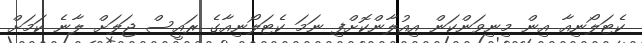
ކެޓަލޯނިއާ އިން މިިނިވަންކަން އިއުލާންކޮށްފި ނަމަ ކެޓަލޯނިއާގެ ރައީސް ޖަލަށް ލާނެ ކަމަށް